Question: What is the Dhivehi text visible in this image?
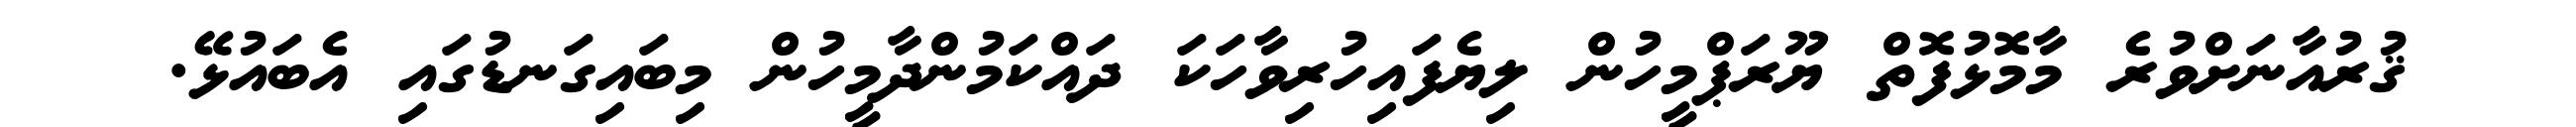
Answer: ޤުރުއާނަށްވުރެ މާމޮޅުފޮތް ޔޫރަޕްމީހުން ލިޔެފައިހުރިވާހަކަ ދައްކަމުންދާމީހުން މިބައިގަނޑުގައި އެބައުޅޭ.